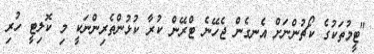
"ޓީމުތަކުގެ ކޯޗުންނަށް އެނގެން ޖެހޭނެ ޓްރޭން ކުރާ ކުޅުންތެރިންނަކީ މި ކޮލިޓީ ހުރި